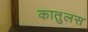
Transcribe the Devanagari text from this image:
कातुलस